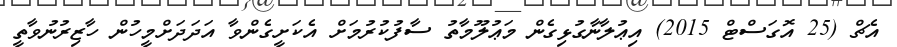
އެޗް (25 އޮގަސްޓް 2015) އިޢުލާނާގުޅިގެން މަޢުލޫމާތު ސާފުކުރުމަށް އެކަށީގެންވާ އަދަދަށްމީހުން ހާޒިރުނުވާތީ